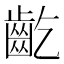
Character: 齕